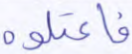
فاعتلوه